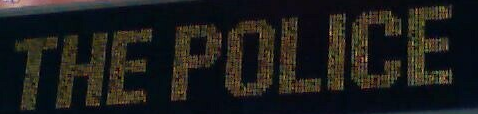
THE POLICE